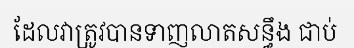
ដែលវាត្រូវបានទាញលាតសន្ធឹង ជាប់